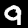
Label: 9